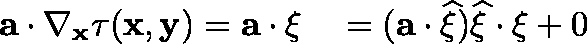
\begin{array} { r l } { \mathbf { a } \cdot \nabla _ { \mathbf { x } } \tau ( \mathbf { x } , \mathbf { y } ) = \mathbf { a } \cdot \mathbf { \xi } } & { { } = ( \mathbf { a } \cdot \widehat { \mathbf { \xi } } ) \widehat { \mathbf { \xi } } \cdot \mathbf { \xi } + 0 } \end{array}